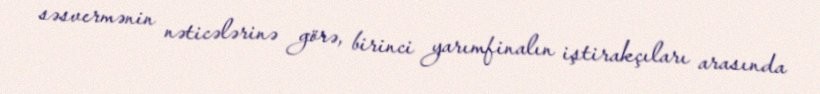
səsvermənin nəticələrinə görə, birinci yarımfinalın iştirakçıları arasında